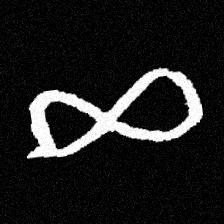
Pyu character \u2014 Myanmar letter: ဆ (romanized: cha)